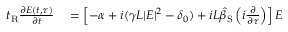
\begin{array} { r l } { t _ { \mathrm { R } } \frac { \partial E ( t , \tau ) } { \partial t } } & { { } = \left[ - \alpha + i ( \gamma L | E | ^ { 2 } - \delta _ { 0 } ) + i L \hat { \beta } _ { \mathrm { S } } \left( i \frac { \partial } { \partial \tau } \right) \right] E } \end{array}